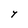
Character: Y